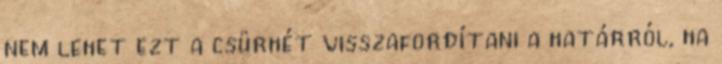
nem lehet ezt a csürhét visszafordítani a határról, ha